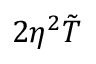
2 \eta ^ { 2 } \tilde { T }